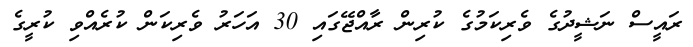
ރައީސް ނަޝީދުގެ ވެރިކަމުގެ ކުރިން ރާއްޖޭގައި 30 އަހަރު ވެރިކަން ކުރެއްވި ކުރީގެ